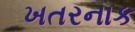
ખતરનાક